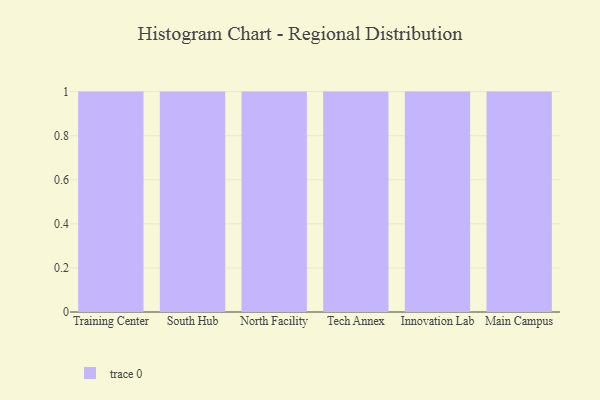
{"axis": {"x": "Campus", "y": "Active Users"}, "legend": [""], "data": [{"x": "Training Center", "y": 5, "type": ""}, {"x": "South Hub", "y": 54, "type": ""}, {"x": "North Facility", "y": 87, "type": ""}, {"x": "Tech Annex", "y": 17, "type": ""}, {"x": "Innovation Lab", "y": 32, "type": ""}, {"x": "Main Campus", "y": 42, "type": ""}]}